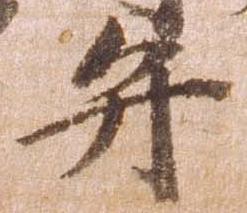
弁